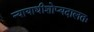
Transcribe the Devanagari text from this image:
न्यायाधीशोप्यदालतः